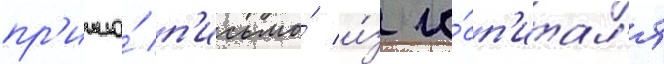
пр'ишло́ п'исьмо́ и́з го́сп'итал'я